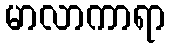
မာလာကာရာ